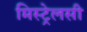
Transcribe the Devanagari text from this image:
मिस्ट्रेलसी